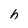
Character: h